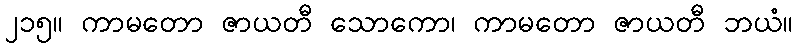
၂၁၅။ ကာမတော ဇာယတီ သောကော၊ ကာမတော ဇာယတီ ဘယံ။